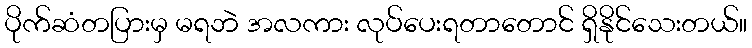
ပိုက်ဆံတပြားမှ မရဘဲ အလကား လုပ်ပေးရတာတောင် ရှိနိုင်သေးတယ်။